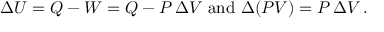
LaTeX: \Delta U = Q - W = Q - P \, \Delta V { \mathrm { ~ a n d ~ } } \Delta ( P V ) = P \, \Delta V \, .